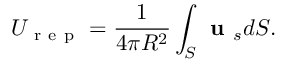
U _ { \mathrm { ~ r ~ e ~ p ~ } } = \frac { 1 } { 4 \pi R ^ { 2 } } \int _ { S } { \textbf { u } _ { s } d S } .